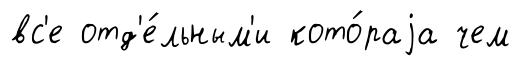
вс'е отд'е́льным'и кото́раjа чем